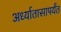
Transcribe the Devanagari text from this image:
अर्ध्यातासापर्यंत